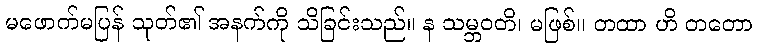
မဖောက်မပြန် သုတ်၏ အနက်ကို သိခြင်းသည်။ န သမ္ဘဝတိ၊ မဖြစ်။ တထာ ဟိ တတော